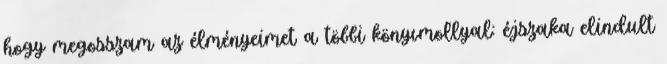
hogy megosszam az élményeimet a többi könyvmollyal: éjszaka elindult